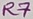
Text: R7